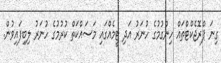
ގިނަ ޕްރޮޖެކްޓްތައް ހިންގުމުގެ ހުނަރު އަދި ޓީމެއްގައި މަސައްކަތް ކުރުމުގެ ހުނަރު ލިބިފައިވުން.